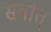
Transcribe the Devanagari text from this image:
सर्वात्